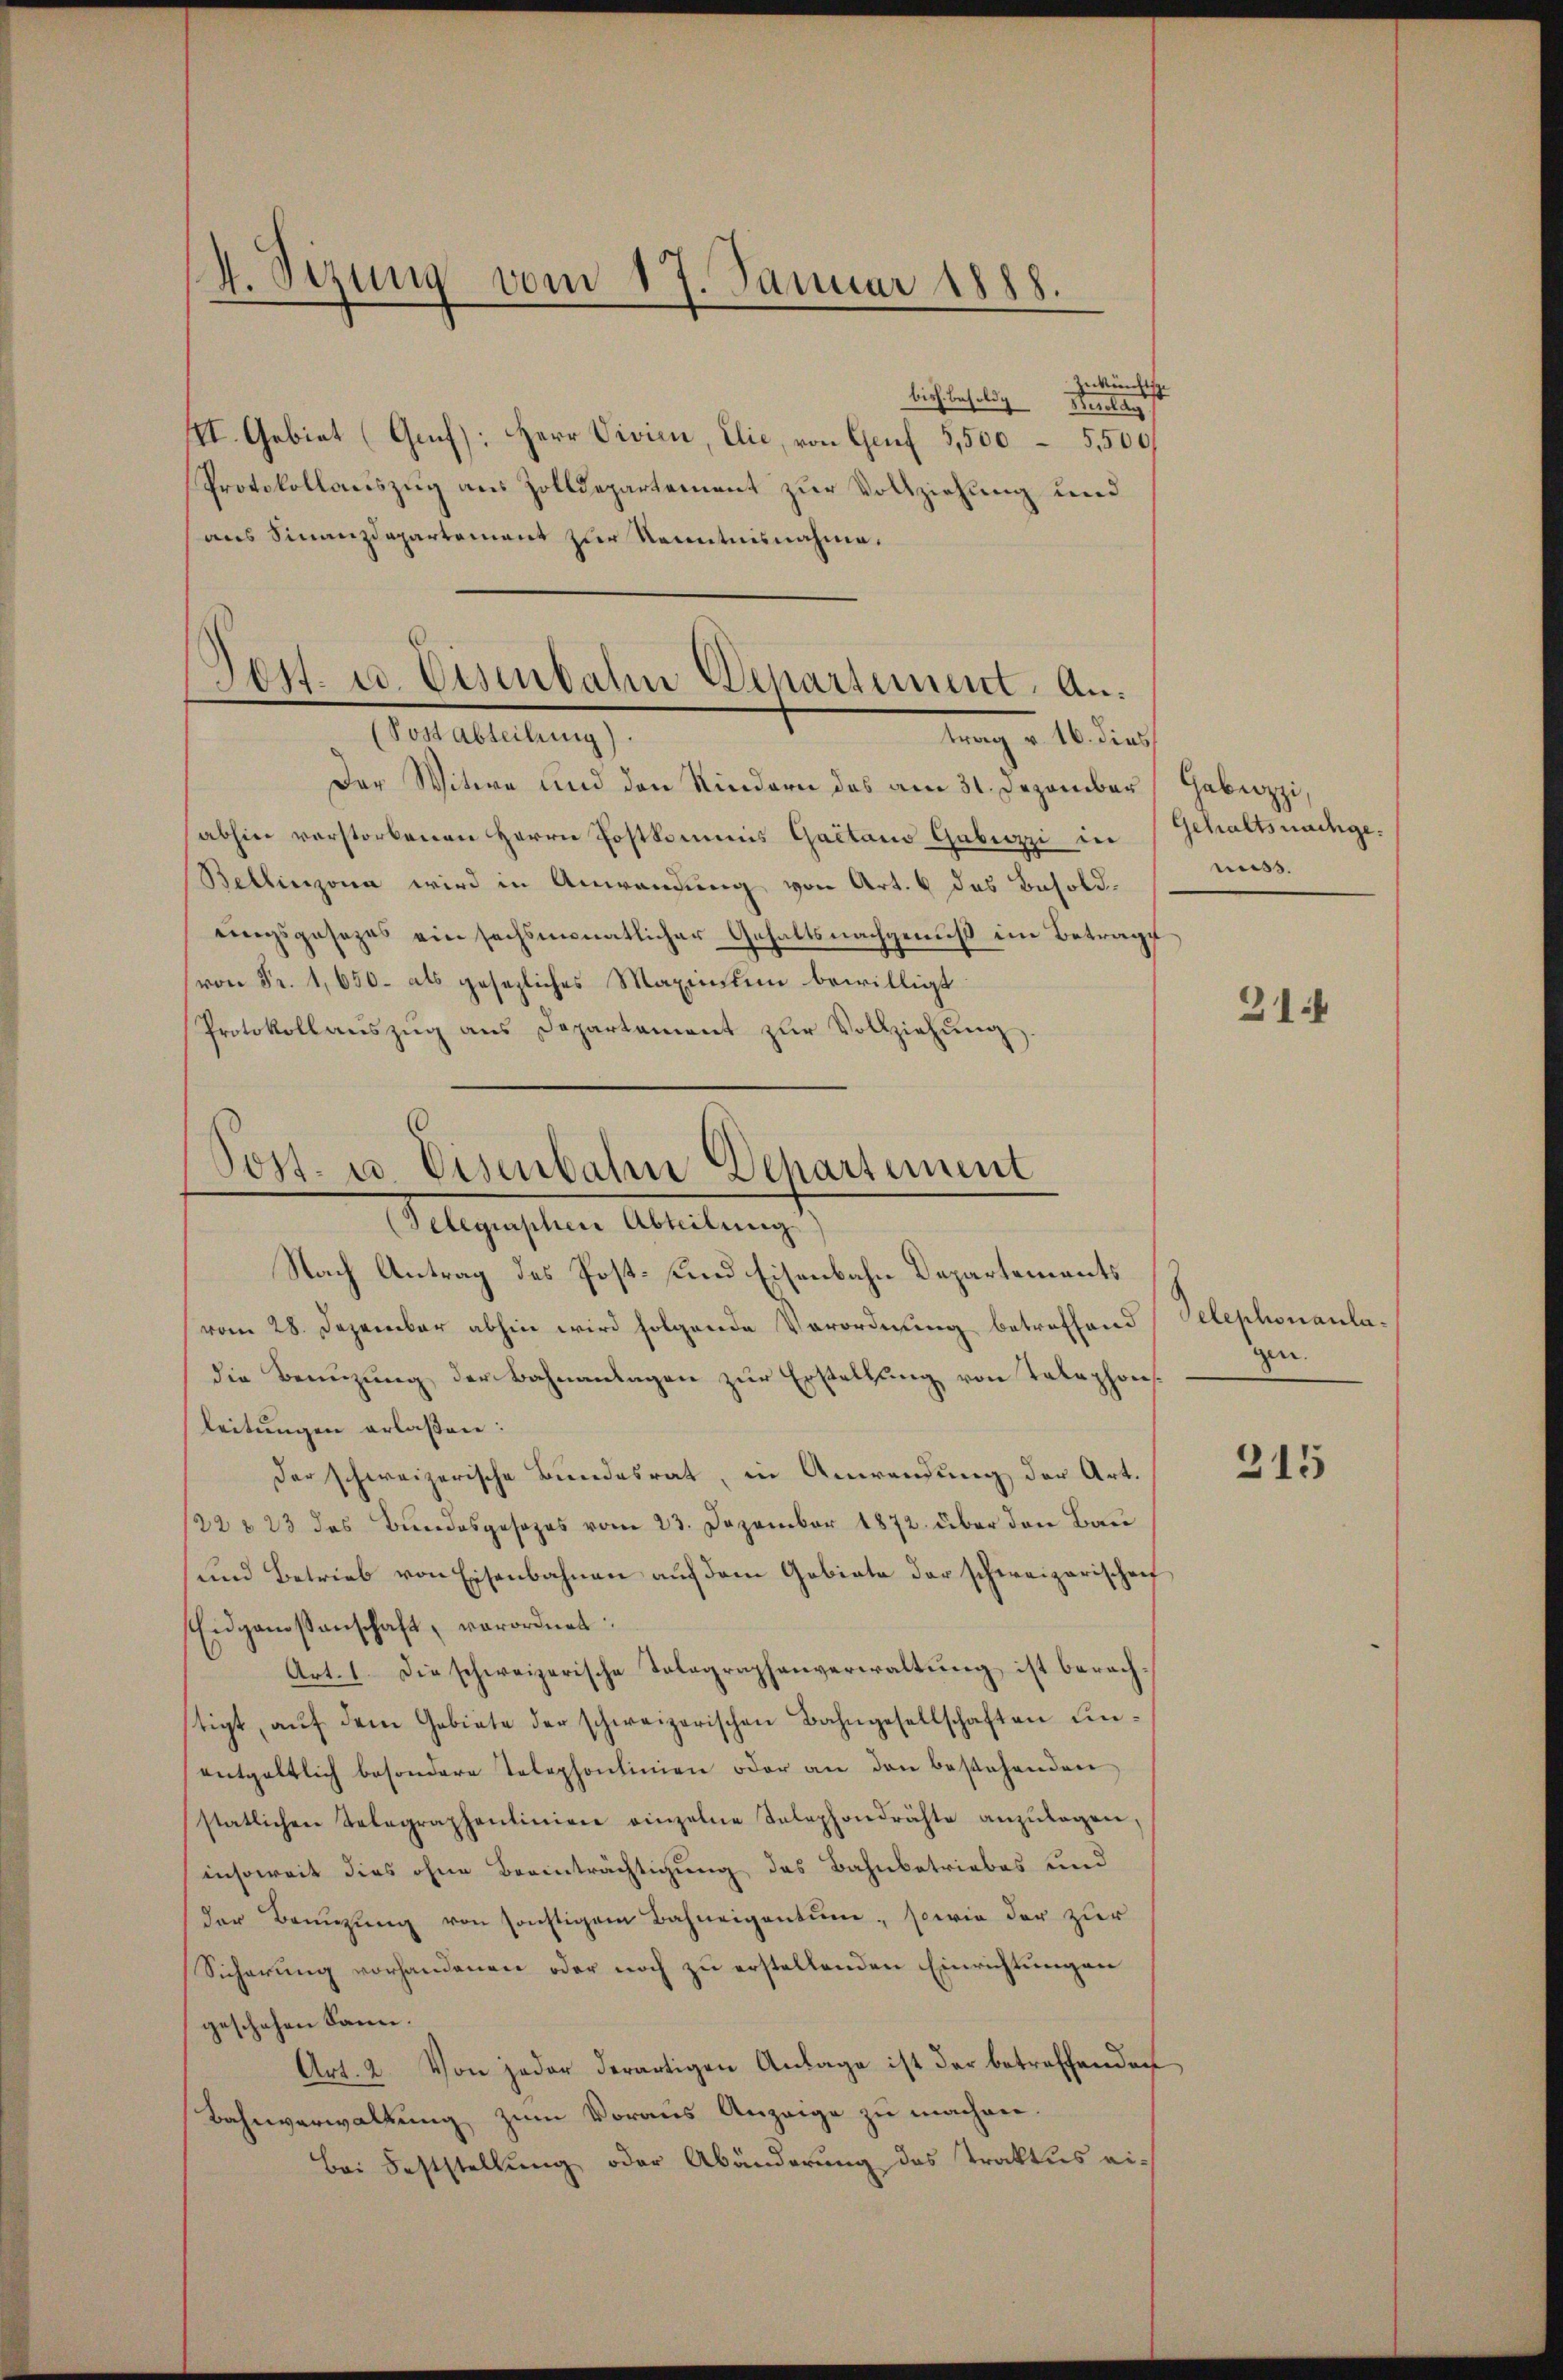
4. Sizung vom 17. Januar 1888.

Zukünftige
bisch besolde Beilag
XI. Gebiet (Grf): Herr Vivien, Elie, von Genf 5,500–5500
Protokollauszug aus Zolldepartement zur Vollziehung und
aus Finanzdepartement zur Kenntnisnahme.

Post. u. Eisenbahn Departement. An¬
(Postabteilung).
trag v. 16. dies

Der Witwe und den Kindern des am 31. Dezember Gabuzzi,
abhin verstorbenen Herrn Postkommis Gaetano Gubizi in Gehaltsnachge¬
Bellinzona wird in Anwendung von Art. 6 das Besolduingsgesezes ein sechsmonatlicher Gehaltsnachgenuß im Betrage
von Fr. 1,650- als gesezliches Maximum bewilligt.
Protokoll aŭszŭg ans Departement zŭr Vollziehŭng.

Post. u. Eisenbahn Departement
(Telegraphen Abteilung
Nach Antrag des Post- und Eisenbahn Departements

vom 28. Dezember abhin wird folgende Verordnung betreffend
die Benuzung der Bahnanlagen zur Erstellung von Telephonleitungen erlaßen:
der schweizerische Bundesrat, in Anwendung der Art.
/22 § 23 des Bundesgesezes vom 23. Dezember 1872. über den Bau
und Betrieb von Eisenbahnen auf dem Gebiete der schweizerischen
Eidgenossenschaft, verordnet:
Art. 1. Die schweizerische Telegraphenverwaltung ist berachtigt, aŭf dem Gebiete der schweizerischen Bahngesellschaften unentgeltlich besondere Telephonlinien oder an den bestehenden
statlichen Telegraphenlinien einzelne Telephondrähte anzŭlagen,
insoweit dies ohne Beeinträchtigung des Bahnbetriebes und
der Benuzung von sonstigem Bahneigentum, sowie der zur
Sicherung vorhandenen oder noch zu erstellenden Einrichtungen
geschehen kann.
Art. 2. Von jeder derartigen Anlage ist der betreffenden
Bahnverwaltung zum Voraus Anzeige zu machen.
Bei Feststellung oder Abänderung des Traktus ei¬

miss.

31

Telephonanlagen.

215